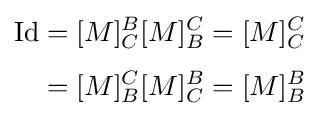
{\begin{aligned}\operatorname {Id} &=\lbrack M\rbrack _{C}^{B}\lbrack M\rbrack _{B}^{C}=\lbrack M\rbrack _{C}^{C}\\[3pt]&=\lbrack M\rbrack _{B}^{C}\lbrack M\rbrack _{C}^{B}=\lbrack M\rbrack _{B}^{B}\end{aligned}}